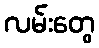
လမ်းတွေ